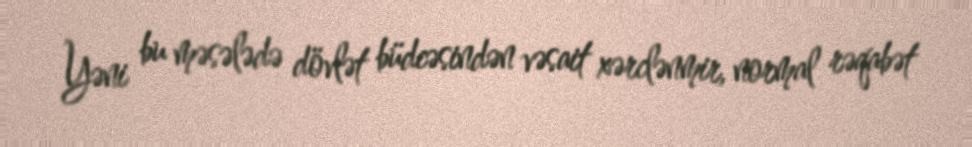
Yəni bu məsələdə dövlət büdcəsindən vəsait xərclənmir, normal rəqabət